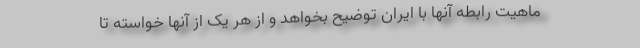
ماهیت رابطه آنها با ایران توضیح بخواهد و از هر یک از آنها خواسته تا